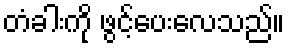
တံခါးကို ဖွင့်ပေးလေသည်။